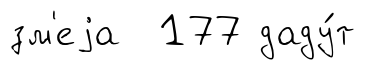
зм'еjа 177 даду́т